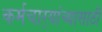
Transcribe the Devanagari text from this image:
कर्मचार्‍यांच्यासाठी